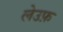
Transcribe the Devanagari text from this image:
लेउफ़